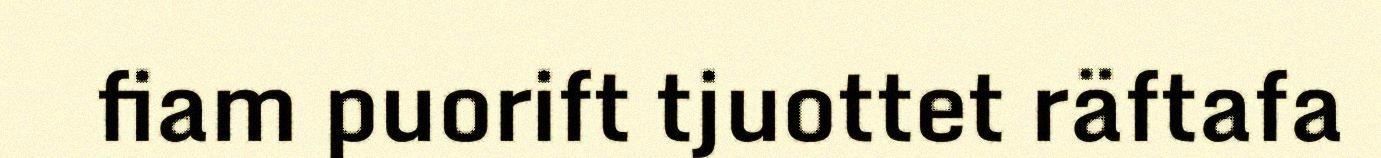
fiam puorift tjuottet räftafa